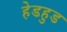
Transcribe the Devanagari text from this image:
हेडहुड